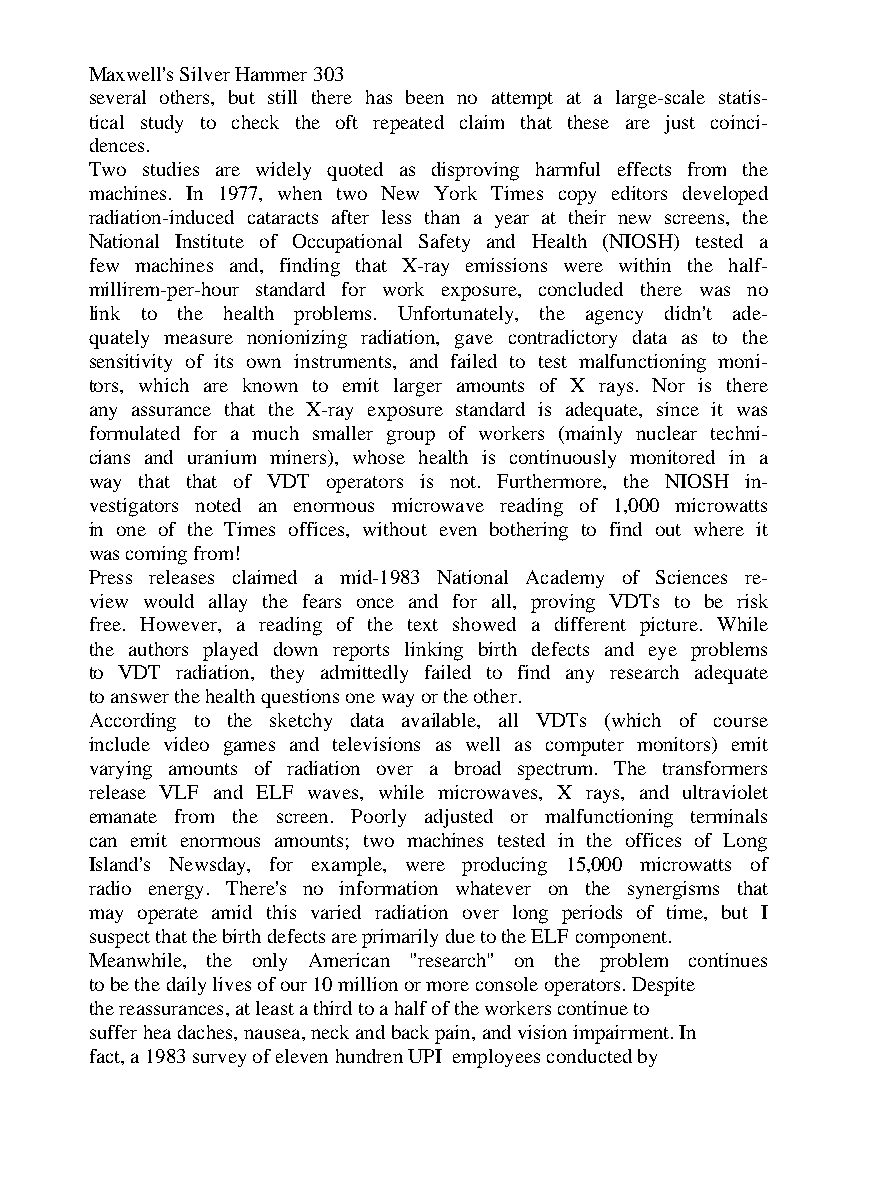
Maxwell's Silver Hammer 303
 several others, but still there has been no attempt at a large-scale statis-
 tical study to check the oft repeated claim that these are just coinci-
 dences.
 Two studies are widely quoted as disproving harmful effects from the
 machines. In 1977, when two New York Times copy editors developed
 radiation-induced cataracts after less than a year at their new screens, the
 National Institute of Occupational Safety and Health (NIOSH) tested a
 few machines and, finding that X-ray emissions were within the half-
 millirem-per-hour standard for work exposure, concluded there was no
 link to the health problems. Unfortunately, the agency didn't ade-
 quately measure nonionizing radiation, gave contradictory data as to the
 sensitivity of its own instruments, and failed to test malfunctioning moni-
 tors, which are known to emit larger amounts of X rays. Nor is there
 any assurance that the X-ray exposure standard is adequate, since it was
 formulated for a much smaller group of workers (mainly nuclear techni-
 cians and uranium miners), whose health is continuously monitored in a
 way that that of VDT operators is not. Furthermore, the NIOSH in-
 vestigators noted an enormous microwave reading of 1,000 microwatts
 in one of the Times offices, without even bothering to find out where it
 was coming from!
 Press releases claimed a mid-1983 National Academy of Sciences re-
 view would allay the fears once and for all, proving VDTs to be risk
 free. However, a reading of the text showed a different picture. While
 the authors played down reports linking birth defects and eye problems
 to VDT radiation, they admittedly failed to find any research adequate
 to answer the health questions one way or the other.
 According to the sketchy data available, all VDTs (which of course
 include video games and televisions as well as computer monitors) emit
 varying amounts of radiation over a broad spectrum. The transformers
 release VLF and ELF waves, while microwaves, X rays, and ultraviolet
 emanate from the screen. Poorly adjusted or malfunctioning terminals
 can emit enormous amounts; two machines tested in the offices of Long
 Island's Newsday, for example, were producing 15,000 microwatts of
 radio energy. There's no information whatever on the synergisms that
 may operate amid this varied radiation over long periods of time, but I
 suspect that the birth defects are primarily due to the ELF component.
 Meanwhile, the only American "research" on the problem continues
 to be the daily lives of our 10 million or more console operators. Despite
 the reassurances, at least a third to a half of the workers continue to
 suffer hea daches, nausea, neck and back pain, and vision impairment. In
 fact, a 1983 survey of eleven hundren UPI employees conducted by